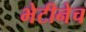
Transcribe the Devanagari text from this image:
भेटीनेच